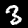
Digit: 3